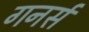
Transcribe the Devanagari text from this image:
गनर्स